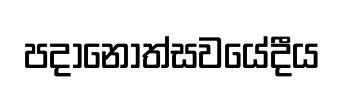
පදානෝත්සවයේදීය